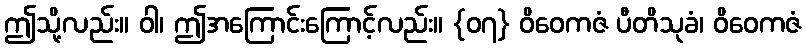
ဤသို့လည်း။ ဝါ၊ ဤအကြောင်းကြောင့်လည်း။ {၀၇} ဝိဝေကဇံ ပီတိသုခံ၊ ဝိဝေကဇံ